Medical and sanitary report of the native army of Bengal for the year
Year: 1875
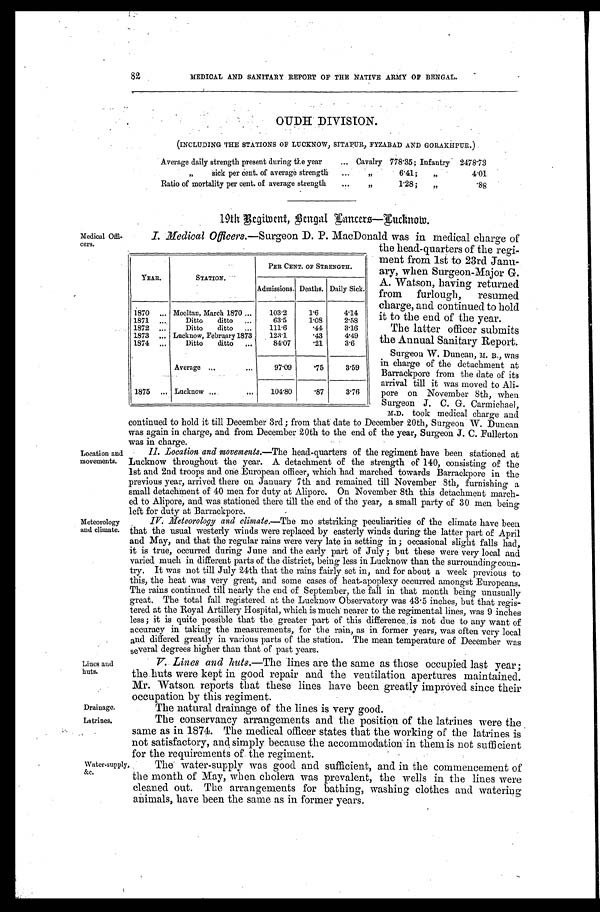
82
MEDICAL AND SANITARY REPORT OF THE NATIVE ARMY OF BENGAL.
OUDH DIVISION.
(INCLUDING THE STATIONS OF LUCKNOW, SITAPUR, FYZABAD AND GORAKHPUR.)
Average daily strength present during the year . . .
Cavalry 778.35; Infantry 2478.73
" sick per cent. of average strength . . .
"
6.41;
"
4.01
Ratio of mortality per cent. of average strength . . .
"
1.28 ;
"
.88
19th Regiment, Bengal Lancers—Lucknow.
Medical Offi
-cers.
Location and
movements.
Meteorology
and climate.
Lines and
huts.
Drainage.
I. Medical Officers .—Surgeon D. P. MacDonald was in medical charge of
the head-quarters of the regi
-ment from 1st to 23rd Janu
-ary, when Surgeon-Major G.
A. Watson, having returned
from furlough, resumed
charge, and continued to hold
it to the end of the year.
The latter officer submits
the Annual Sanitary Report.
Surgeon W. Duncan, M. B., was
in charge of the detachment at
Barrackpore from the date of its
arrival till it was moved to Ali
-
pore on November 8th, when
Surgeon J. C. G. Carmichael,
M.D. took medical charge and
continued to hold it till December 3rd; from that date to December 20th, Surgeon W. Duncan
was again in charge, and from December 20th to the end of the year, Surgeon J . C. Fullerton
was in charge.
II. Location and movemnents.—T h e
h e a d - q u a r t e r s o f t h e r e g i m e n t h a v e b e e n s t a t i o n e d a t
Lucknow throughout the year. A detachment of the strength of 140, consisting of the
1st and 2nd troops and one European officer, which had marched towards Barrackpore in the
previous year, arrived there on January 7th and remained till November 8th, furnishing a
small detachment of 40 men for duty at Alipore. On November 8th this detachment march
-ed to Alipore, and was stationed there till the end of the year, a small party of 30 men being
l e f t f o r d u t y a t B a r r a c k p o r e .
IV. Meteorology and climate.— The most striking peculiarities of the climate have been
that the usual westerly winds were replaced by easterly winds during the latter part of April
and May, and that the regular rains were very late in setting in; occasional slight falls had,
it is true, occurred during June and the early part of July; but these were very local and
varied much in different parts of the district, being less in Lucknow than the surrounding coun
-try. It was not till July 24th that the rains fairly set in, and for about a week previous to
this, the heat was very great, and some cases of heat-apoplexy occurred amongst Europeans.
The rains continued till nearly the end of September, the fall in that month being unusually
great. The total fall registered at the Lucknow Observatory was 43.5 inches, but that regis
-tered at the Royal Artillery Hospital, which is much nearer to the regimental lines, was 9 inches
less; it is quite possible that the greater part of this difference is not due to any want of
accuracy in taking the measurements, for the rain, as in former years, was often very local
and differed greatly in various parts of the station. The mean temperature of December was
several degrees higher than that of past years.
V. Lines and huts.— The lines are the same as those occupied last year;
the huts were kept in good repair and the ventilation apertures maintained.
Mr. Watson reports that these lines have been greatly improved since their
occupation by this regiment.
The natural drainage of the lines is very good.
YEAR.
STATION.
PER CENT. OF STRENGTH.
Admissions. Deaths. Daily Sick.
1870 . . . Mooltan, March 1870. . .
103.2
1.6
4.14
1871 . . .
Ditto ditto . . .
63.5
1.08
2.58
1872 . . .
Ditto ditto . . .
111.6
.44
3.16
1873 . . . Lucknow, February 1873
123.1
.43
4.49
1874 . . .
Ditto ditto . . .
84.07
.21
3.6
Average . . .
97.09
.75
3.59
1875 . . . Lucknow . . .
104.80
.87
3.76
Latrines.
Water-supply,
&c.
The conservancy arrangements and the position of the latrines were the
same as in 1874. The medical officer states that the working of the latrines is
not satisfactory, and simply because the accommodation in them is not sufficient
for the requirements of the regiment.
The water-supply was good and sufficient, and in the commencement of
the month of May, when cholera was prevalent, the wells in the lines were
cleaned out. The arrangements for bathing, washing clothes and watering
animals, have been the same as in former years.